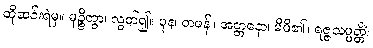
ထိုဆင်းရဲမှ။ မုဉ္စိတွာ၊ လွတ်၍။ ပုန၊ တဖန်။ အတ္တနော၊ မိမိ၏။ ရဇ္ဇသမ္ပတ္တိံ၊